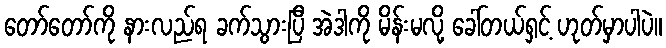
တော်တော်ကို နားလည်ရ ခက်သွားပြီ အဲဒါကို မိန်းမလို့ ခေါ်တယ်ရှင့် ဟုတ်မှာပါပဲ။